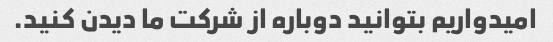
امیدواریم بتوانید دوباره از شرکت ما دیدن کنید.